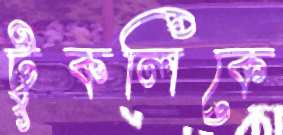
টুকলিকে